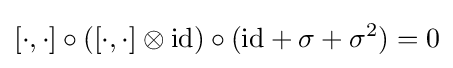
[\cdot ,\cdot ]\circ ([\cdot ,\cdot ]\otimes \mathrm {id} )\circ (\mathrm {id} +\sigma +\sigma ^{2})=0